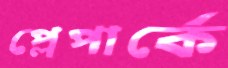
প্লেপার্কে